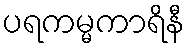
ပရကမ္မကာရိနီ